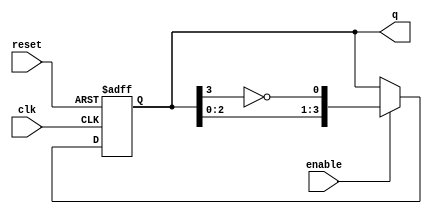
module ring_johnson_counter #(
    parameter n = 4  // Number of bits in the counter
)(
    input wire clk,         // Clock input
    input wire reset,       // Asynchronous reset
    input wire enable,      // Enable input
    output reg [n-1:0] q    // Output representing the current state
);

    // Internal signal for feedback
    wire feedback;

    // Assign feedback as the inverted output of the last flip-flop
    assign feedback = ~q[n-1];

    // Sequential logic for the Johnson counter
    always @(posedge clk or posedge reset) begin
        if (reset) begin
            q <= 0;  // Reset all flip-flops to 0
        end else if (enable) begin
            // Shift the current state and apply feedback
            q <= {q[n-2:0], feedback};
        end
    end

endmodule